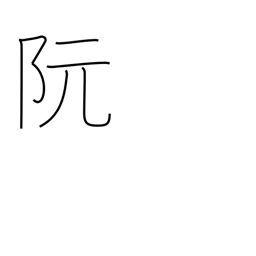
Meaning: place name